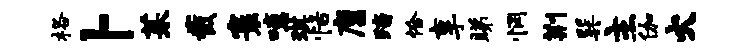
格卜茱截寰噫琪恬廪踏恰享睇惘荆巽主伽火